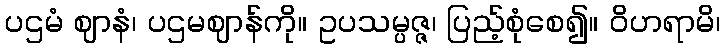
ပဌမံ ဈာနံ၊ ပဌမဈာန်ကို။ ဥပသမ္ပဇ္ဇ၊ ပြည့်စုံစေ၍။ ဝိဟရာမိ၊